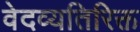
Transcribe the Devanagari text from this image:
वेदव्यतिरिक्त